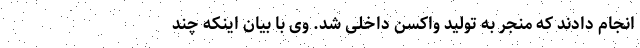
انجام دادند که منجر به تولید واکسن داخلی شد. وی با بیان اینکه چند